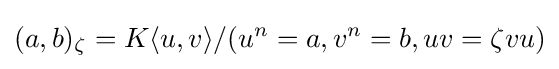
(a,b)_{\zeta }=K\langle u,v\rangle /(u^{n}=a,v^{n}=b,uv=\zeta vu)